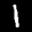
Label: 1